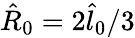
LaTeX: \hat{R}_{0}=2\hat{l}_{0}/3